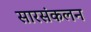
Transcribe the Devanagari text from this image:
सारसंकलन